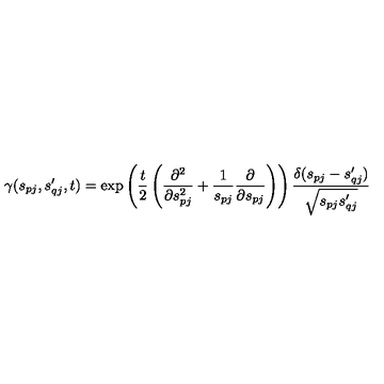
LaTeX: \gamma ( s _ { p j } , s _ { q j } ^ { \prime } , t ) = \exp \left( \frac { t } { 2 } \left( \frac { \partial ^ { 2 } } { \partial s _ { p j } ^ { 2 } } + \frac { 1 } { s _ { p j } } \frac { \partial } { \partial s _ { p j } } \right) \right) \frac { \delta ( s _ { p j } - s _ { q j } ^ { \prime } ) } { \sqrt { s _ { p j } s _ { q j } ^ { \prime } } }